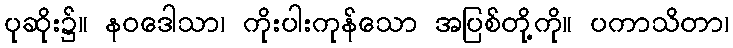
ပုဆိုး၌။ နဝဒေါသာ၊ ကိုးပါးကုန်သော အပြစ်တို့ကို။ ပကာသိတာ၊